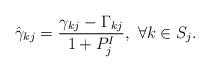
LaTeX: \begin{align*}\hat{\gamma}_{kj}= \frac{\gamma_{kj}-\Gamma_{kj}}{1+P^I_j}, \ \forall k\in S_j. \end{align*}